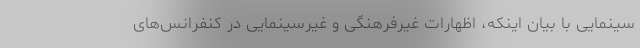
سینمایی با بیان اینکه، اظهارات غیرفرهنگی و غیرسینمایی در کنفرانس‌های